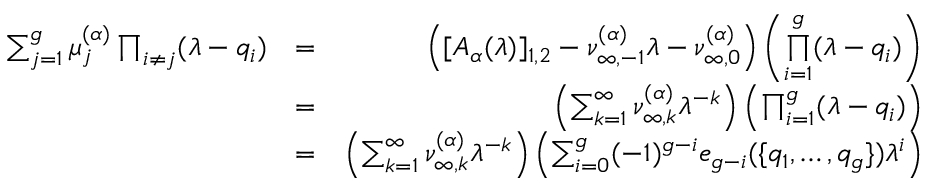
\begin{array} { r l r } { \sum _ { j = 1 } ^ { g } \mu _ { j } ^ { ( \boldsymbol { \alpha } ) } \prod _ { i \neq j } ( \lambda - q _ { i } ) } & { = } & { \left( [ A _ { \boldsymbol { \alpha } } ( \lambda ) ] _ { 1 , 2 } - \nu _ { \infty , - 1 } ^ { ( \boldsymbol { \alpha } ) } \lambda - \nu _ { \infty , 0 } ^ { ( \boldsymbol { \alpha } ) } \right) \left( \underset { i = 1 } { \overset { g } { \prod } } ( \lambda - q _ { i } ) \right) } \\ & { = } & { \left( \sum _ { k = 1 } ^ { \infty } \nu _ { \infty , k } ^ { ( \boldsymbol { \alpha } ) } \lambda ^ { - k } \right) \left( \prod _ { i = 1 } ^ { g } ( \lambda - q _ { i } ) \right) } \\ & { = } & { \left( \sum _ { k = 1 } ^ { \infty } \nu _ { \infty , k } ^ { ( \boldsymbol { \alpha } ) } \lambda ^ { - k } \right) \left( \sum _ { i = 0 } ^ { g } ( - 1 ) ^ { g - i } e _ { g - i } ( \{ q _ { 1 } , \dots , q _ { g } \} ) \lambda ^ { i } \right) } \end{array}